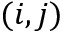
( i , j )